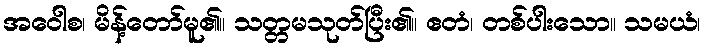
အဝေါစ၊ မိန့်တော်မူ၏။ သတ္တမသုတ်ပြီး၏။ ဧတံ၊ တစ်ပါးသော။ သမယံ၊